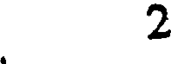
2